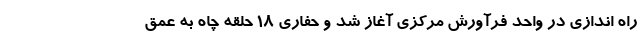
راه اندازی در واحد فرآورش مرکزی آغاز شد و حفاری 18 حلقه چاه به عمق